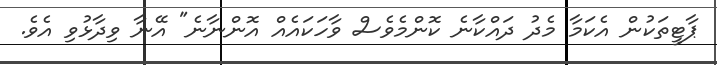
ޕާޓީތަކުން އެކަމާ މެދު ދައްކާނެ ކޮންމެވެސް ވާހަކައެއް އޮންނާނެ" އޭނާ ވިދާޅުވި އެވެ.